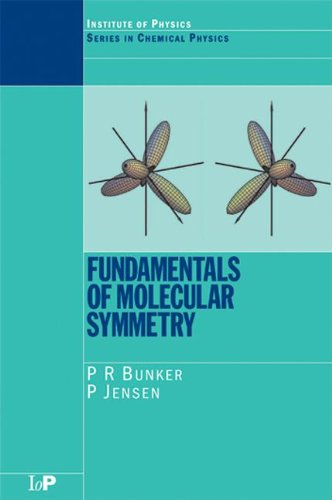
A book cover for Fundamentals of Molecular Symmetry (Series in Chemical Physics); P.R. Bunker; Science & Math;